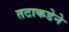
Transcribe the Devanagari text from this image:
तटाकडेने